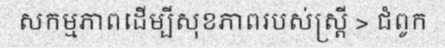
សកម្មភាពដើម្បីសុខភាពរបស់ស្ត្រី > ជំពូក